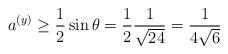
LaTeX: \begin{align*}a^{(y)} & \geq \frac{1}{2}\sin\theta = \frac{1}{2}\frac{1}{\sqrt{24}} = \frac{1}{4\sqrt{6}}\end{align*}